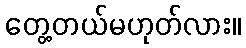
တွေ့တယ်မဟုတ်လား။